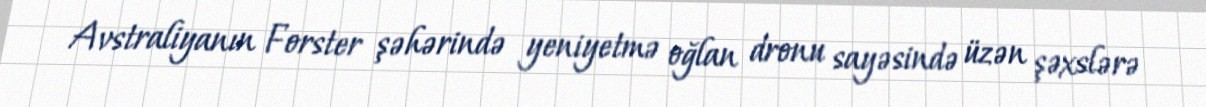
Avstraliyanın Forster şəhərində yeniyetmə oğlan dronu sayəsində üzən şəxslərə